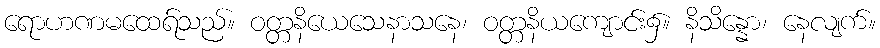
ရောဟဏမထေရ်သည်။ ဝတ္တနိယေသေနာသနေ၊ ဝတ္တနိယကျောင်း၌။ နိသိန္နော၊ နေလျက်။